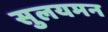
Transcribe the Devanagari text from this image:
सुलयमन